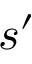
s ^ { \prime }